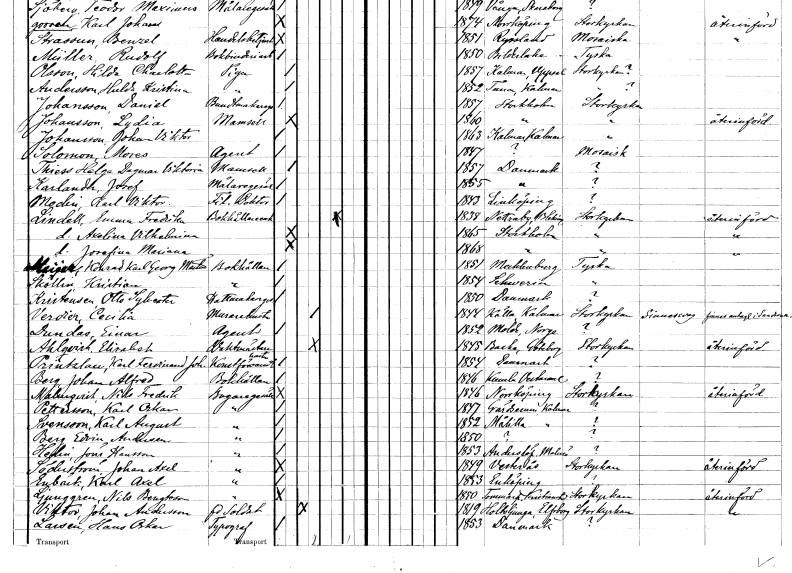
gt_parse: households: individuals: FN: Mores
EN: Solomon
YRKE: Agent
KON: M
CIV: O
FODAR: 1847
FN: Helga Dagmar Viktoria
EN: Thiess
KON: K
CIV: O
FODAR: 1857
FN: Josef
EN: Karlander
YRKE: Målaregesäll
KON: M
CIV: O
FODAR: 1855
FN: Karl Viktor
EN: Modin
YRKE: Fil. doktor
KON: M
CIV: O
FODAR: 1843
FODFORS: Linköping Östergötlands län
FN: Emma Fredrika
EN: Lindell
YRKE: Bokhållareänka
KON: K
CIV: E
FODAR: 1838
FODFORS: Nättraby Blekinge län
FN: Axelina Vilhelmina
KON: K
CIV: O
FODAR: 1865
FODFORS: Stockholm
FN: Josefina Mariana
KON: K
CIV: O
FODAR: 1868
FODFORS: Stockholm
FN: Konrad Karl Georg Martin
EN: Meÿer
YRKE: Bokhållare
KON: M
CIV: O
FODAR: 1851
FN: Kristian
EN: Sköllin
YRKE: Bokhållare
KON: M
CIV: O
FODAR: 1854
FN: Otto Sylvester
EN: Kristensen
YRKE: Hattmakaregesäll
KON: M
CIV: O
FODAR: 1850
FN: Cecilia
EN: Verdier
YRKE: Murarehustru
KON: K
CIV: G
FODAR: 1844
FODFORS: Källa Kalmar län
FN: Einar
EN: Dundas
YRKE: Agent
KON: M
CIV: O
FODAR: 1852
FN: Elisabet
EN: Ahlqvist
YRKE: Vaktmästarehustru
KON: K
CIV: G
FODAR: 1845
FODFORS: Backa Göteborgs- och Bohuslän
FN: Karl Ferdinand Joh.
EN: Printzlau
YRKE: Konstförvandt
KON: M
CIV: O
FODAR: 1854
FN: Johan Alfred
EN: Berg
YRKE: Bokhållare
KON: M
CIV: O
FODAR: 1846
FODFORS: Kumla Västmanlands län
FN: Nils Fredrik
EN: Malmqvist
YRKE: Bagaregesäll
KON: M
CIV: O
FODAR: 1846
FODFORS: Norrköping Östergötlands län
FN: Karl Oskar
EN: Pettersson
YRKE: Bagaregesäll
KON: M
CIV: O
FODAR: 1847
FODFORS: Gärdserum Östergötlands län
FN: Karl August
EN: Svensson
YRKE: Bagaregesäll
KON: M
CIV: O
FODAR: 1852
FODFORS: Målilla med Gårdveda Kalmar län
FN: Edvin
EN: Berg Andersson
YRKE: Bagaregesäll
KON: M
CIV: O
FODAR: 1850
FN: Jöns
EN: Hedin Hansson
YRKE: Bagaregesäll
KON: M
CIV: O
FODAR: 1853
FODFORS: Anderslöv Malmöhus län
FN: Johan Axel
EN: Söderström
YRKE: Bagaregesäll
KON: M
CIV: O
FODAR: 1849
FODFORS: Västerås Västmanlands län
FN: Karl Axel
EN: Enbäck
YRKE: Bagaregesäll
KON: M
CIV: O
FODAR: 1853
FODFORS: Enköping Uppsala län
FN: Nils
EN: Ljunggren Bengtson
YRKE: Bagaregesäll
KON: M
CIV: O
FODAR: 1850
FODFORS: Tommarp Kristianstads län
FN: Vikror Johan
EN: Andersson
YRKE: Soldat f.d.
KON: M
CIV: O
FODAR: 1819
FODFORS: Holsljunga Älvsborgs län
FN: Hans Oskar
EN: Larsen
YRKE: Typograf
KON: M
CIV: O
FODAR: 1853